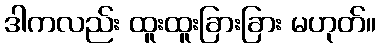
ဒါကလည်း ထူးထူးခြားခြား မဟုတ်။